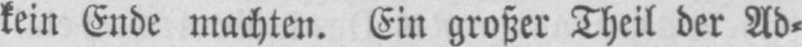
kein Ende machten. Ein großer Theil der Ad⸗